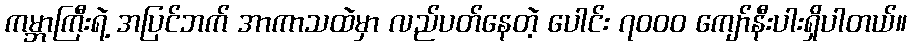
ကမ္ဘာကြီးရဲ့ အပြင်ဘက် အာကာသထဲမှာ လည်ပတ်နေတဲ့ ပေါင်း ၇၀၀၀ ကျော်နီးပါးရှိပါတယ်။